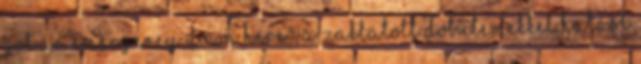
Got an Emergency Down Here", a zaklatott dobütemekkel hatást